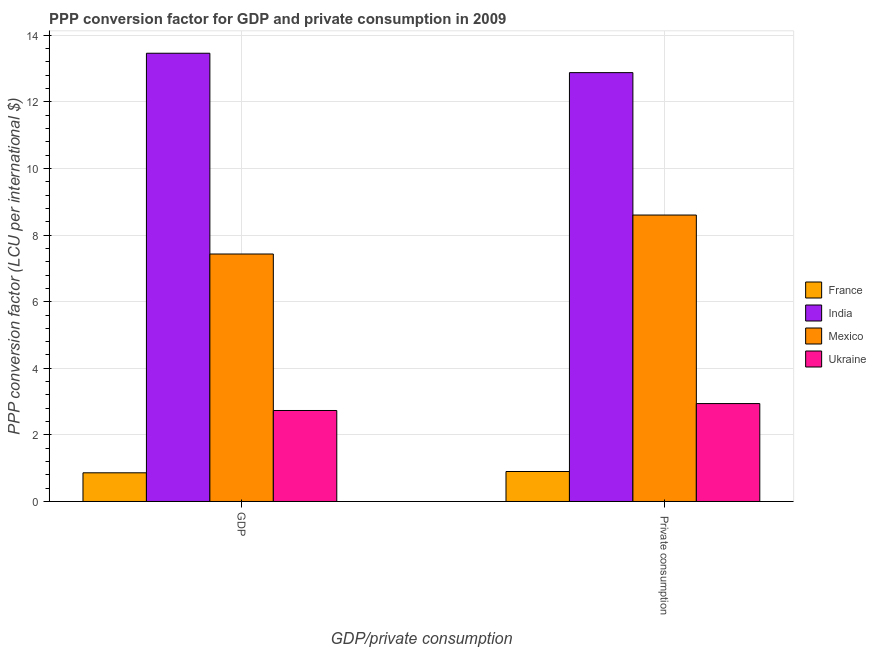
| GDP/private consumption | France | India | Mexico | Ukraine |
 | --- | --- | --- | --- | --- |
 | GDP | 0.861 | 13.5 | 7.43 | 2.73 |
 |  Private consumption | 0.9 | 12.9 | 8.6 | 2.94 |